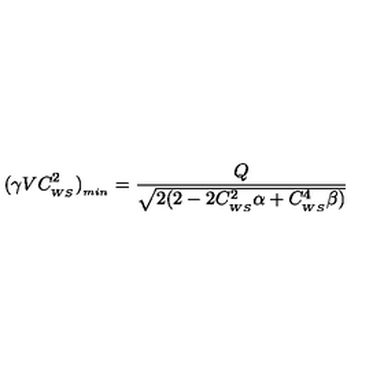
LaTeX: ( \gamma V C _ { _ { W S } } ^ { 2 } ) _ { _ { m i n } } = \frac { Q } { \sqrt { 2 ( 2 - 2 C _ { _ { W S } } ^ { 2 } \alpha + C _ { _ { W S } } ^ { 4 } \beta ) } }